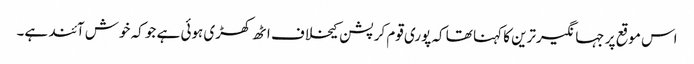
اس موقع پر جہانگیرترین کا کہنا تھا کہ پوری قوم کرپشن کیخلاف اٹھ کھڑی ہوئی ہے جو کہ خوش آئند ہے۔